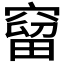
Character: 𥧥